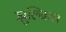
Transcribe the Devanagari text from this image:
झुल्बिया